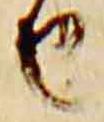
由